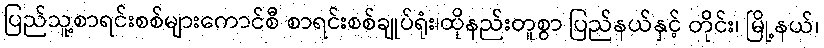
ပြည်သူ့စာရင်းစစ်များကောင်စီ စာရင်းစစ်ချုပ်ရုံး၊ထိုနည်းတူစွာ ပြည်နယ်နှင့် တိုင်း၊ မြို့နယ်၊